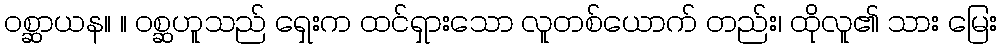
ဝစ္ဆာယန။ ။ ဝစ္ဆဟူသည် ရှေးက ထင်ရှားသော လူတစ်ယောက် တည်း၊ ထိုလူ၏ သား မြေး